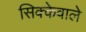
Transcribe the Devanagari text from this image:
सिक्केवाले